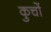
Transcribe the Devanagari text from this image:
कुचों